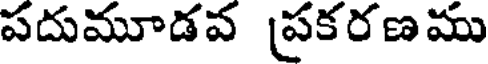
పదుమూడవ ప్రకరణము